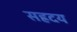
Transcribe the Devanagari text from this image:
सह्रदय